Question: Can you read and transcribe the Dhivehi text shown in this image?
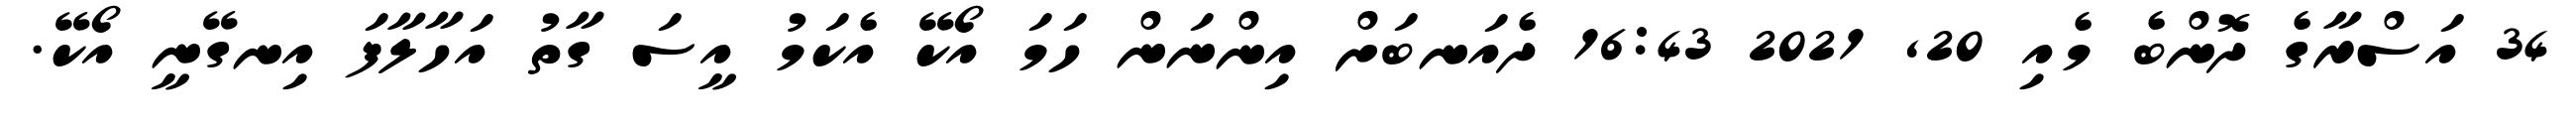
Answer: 34 އަސްރާގެ ދޮންބެ މެއި 20, 2021 16:43 ދެއަނބަށް އިންނަން ހަމަ އޯކޭ އެކަމު އީސަ ގާތު އަހާލާފަ އިނގޭނީ އޯކޭ.